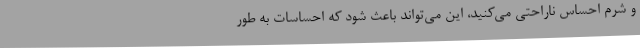
و شرم احساس ناراحتی می‌کنید، این می‌تواند باعث شود که احساسات به طور